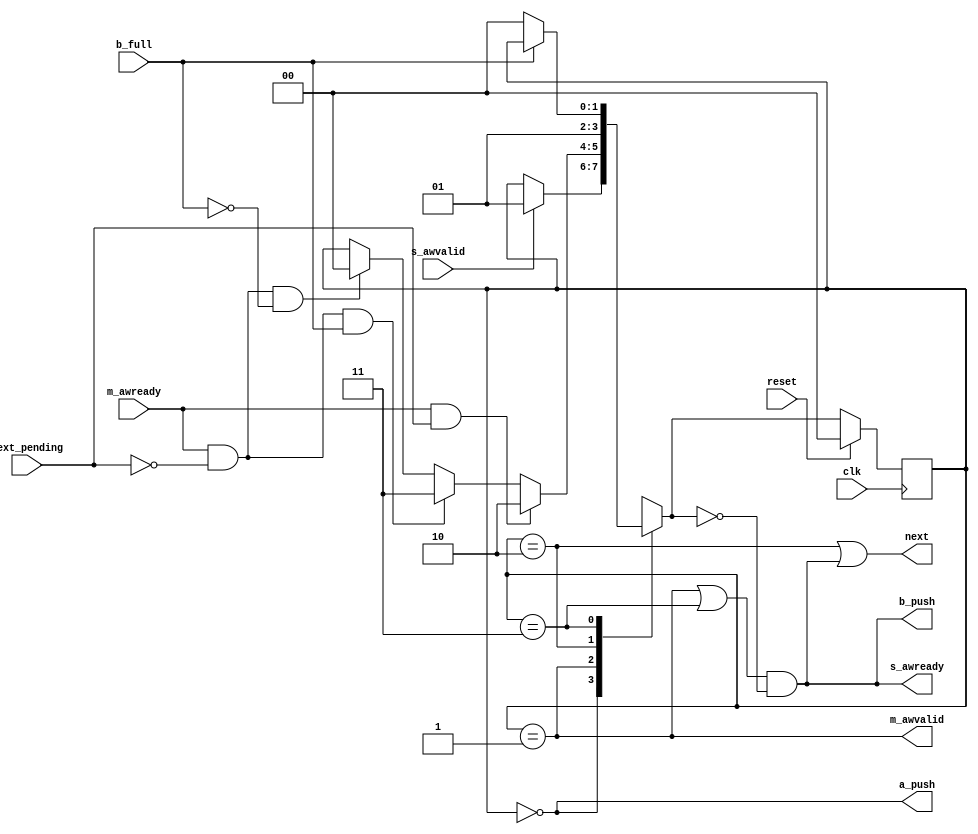
module axi_protocol_converter_v2_1_13_b2s_wr_cmd_fsm (
  input  wire                                 clk           ,
  input  wire                                 reset         ,
  output wire                                 s_awready       ,
  input  wire                                 s_awvalid       ,
  output wire                                 m_awvalid        ,
  input  wire                                 m_awready      ,
  output wire                                 next          ,
  input  wire                                 next_pending  ,
  output wire                                 b_push        ,
  input  wire                                 b_full        ,
  output wire                                 a_push
);
localparam SM_IDLE                = 2'b00;
localparam SM_CMD_EN              = 2'b01;
localparam SM_CMD_ACCEPTED        = 2'b10;
localparam SM_DONE_WAIT           = 2'b11;
reg [1:0]       state = SM_IDLE;
reg [1:0]       next_state;
always @(posedge clk) begin
  if (reset) begin
    state <= SM_IDLE;
  end else begin
    state <= next_state;
  end
end
always @( * )
begin
  next_state = state;
  case (state)
    SM_IDLE:
      if (s_awvalid) begin
        next_state = SM_CMD_EN;
      end else
        next_state = state;
    SM_CMD_EN:
      if (m_awready & next_pending)
        next_state = SM_CMD_ACCEPTED;
      else if (m_awready & ~next_pending & b_full)
        next_state = SM_DONE_WAIT;
      else if (m_awready & ~next_pending & ~b_full)
        next_state = SM_IDLE;
      else
        next_state = state;
    SM_CMD_ACCEPTED:
      next_state = SM_CMD_EN;
    SM_DONE_WAIT:
      if (!b_full)
        next_state = SM_IDLE;
      else
        next_state = state;
      default:
        next_state = SM_IDLE;
  endcase
end
assign m_awvalid  = (state == SM_CMD_EN);
assign next    = ((state == SM_CMD_ACCEPTED)
                 | (((state == SM_CMD_EN) | (state == SM_DONE_WAIT)) & (next_state == SM_IDLE))) ;
assign a_push  = (state == SM_IDLE);
assign s_awready = ((state == SM_CMD_EN) | (state == SM_DONE_WAIT)) & (next_state == SM_IDLE);
assign b_push  = ((state == SM_CMD_EN) | (state == SM_DONE_WAIT)) & (next_state == SM_IDLE);
endmodule